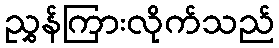
ညွှန်ကြားလိုက်သည်